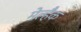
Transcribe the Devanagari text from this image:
मेल्हैक